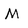
Character: M